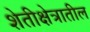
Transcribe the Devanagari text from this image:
शेतीक्षेत्रातील